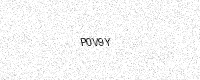
Text: P0V9Y